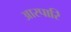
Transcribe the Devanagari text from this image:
आरपारि